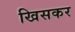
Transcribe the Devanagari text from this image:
खिसकर